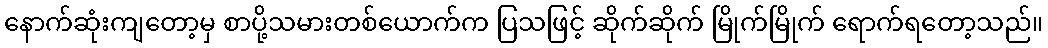
နောက်ဆုံးကျတော့မှ စာပို့သမားတစ်ယောက်က ပြသဖြင့် ဆိုက်ဆိုက် မြိုက်မြိုက် ရောက်ရတော့သည်။